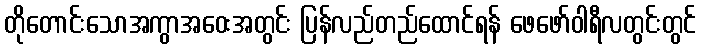
တိုတောင်းသောအကွာအဝေးအတွင်း ပြန်လည်တည်ထောင်ရန် ဖေဖော်ဝါရီလတွင်းတွင်